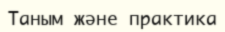
Таным және практика